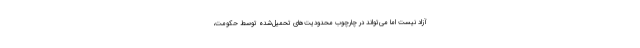
آزاد نیست اما می‌تواند در چارچوب محدودیت‌های تحمیل‌شده توسط حکومت،